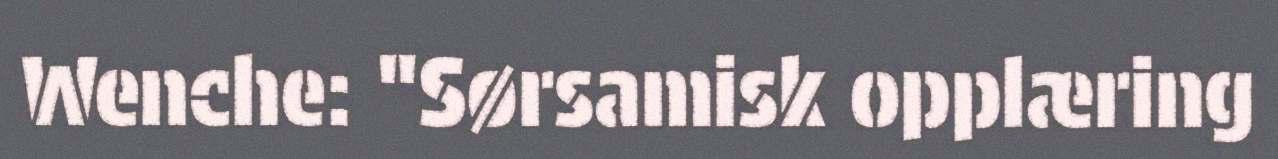
Wenche: "Sørsamisk opplæring